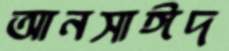
আনসাঈদ